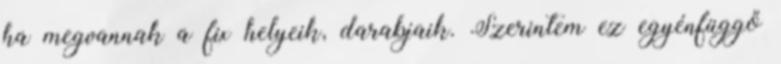
ha megvannak a fix helyeik, darabjaik. Szerintem ez egyénfüggő